King Institute of Preventive Medicine Micro-Biological Section reports 1912-19
Year: 1912
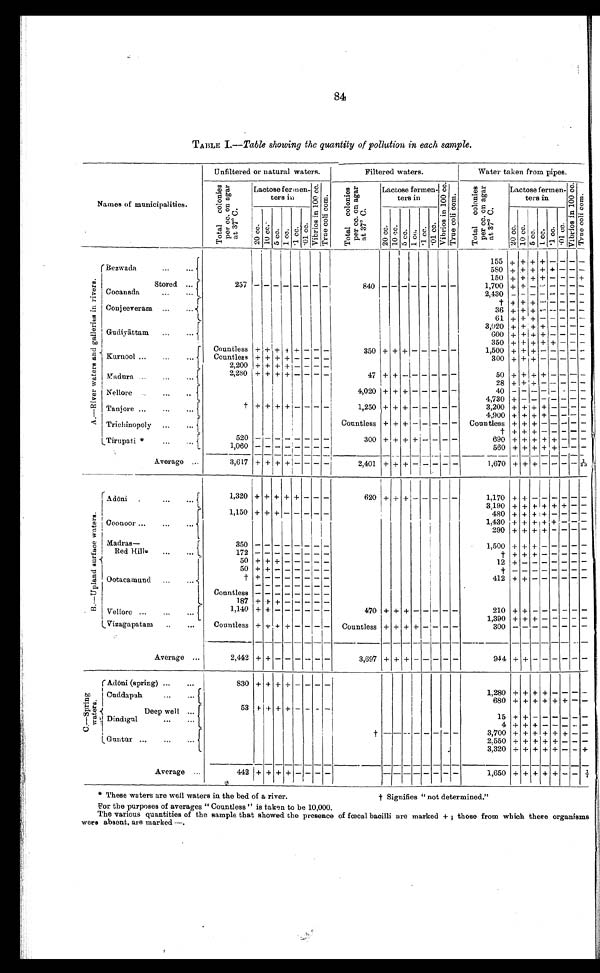
84
TABLE I.-- Table showing the quantity of pollution in each sample.
Names of municipalities.
Unfiltered or natural waters.
Filtered waters.
Water taken from pipes.
T o t a l c o l o n i e s p e r c c . o n a g a r a t 3 7 º C .
Lactose fermen-
ters in
V i b r i o s i n 1 0 0 c c .
T r u e c o l i c o m .
T o t a l c o l o n i e s p e r c c . o n a g a r a t 3 7 º C .
Lactose fermen-
ters in
V i b r i o s i n 1 0 0 c c .
T r u e c o l i c o m .
T o t a l c o l o n i e s p e r c c . o n a g a r a t 3 7 º C .
Lactose fermen-
ters in
True col i com.
2 0 c c . 1 0 c c . 5 c c . 1 c c . . 1 c c
. 0 1 c c .
2 0 c c . 1 0 c c . 5 c c . 1 c c . . 1 c c
. 0 1 c c .
2 0 c c . 1 0 c c . 5 c c . 1 c c .
. 1 c c .
A . — R i v e r w a t e r s a n d g a l l e r i e s i n r i v e r s .
Bezwada
155 + + + + - -
580 + + + + + - -
150 +
+
+
+ -
-
Stored
Cocanada
257
- - - - - - - -
840
- - - - - - - -
1,700 +
+
-
-
- - -
2,430 - - - -
-
-
Conjeeveram
+
+ + + - -
36 +
+
+
- -
61 + + + - - - -
Gudiyattarn
3,020 + + + + - - - -
600 + + + + - - - -
350 +
+ +
+ + - -
Kurnool
Countless + + +
+
+ - - -
350 + +
+ - - - - -
1,500 + +
+
+ - - - -
Countless + + + + - - - -
300 +
+
+
- - - -
2,200 +
+ +
+ - - - -
Madura
2,280 + + + + - - - -
47 + +
- -
- - - -
50 +
+
+
+
+
-
28 +
+ +
- - - - -
Nellore
4,020 +
+ +
- - -
-
-
4 0
- - - - -
4,730 + - - - - - -
Tanjore
+
+ + + + - - -
-
1,250 + +
+ -
- - - -
3,200 +
+ + +
-
-
4,900 + + + +
-
-
Trichinopoly
Countless + +
+ - - - - -
Countless + + + - - - -
+
+ +
+ -
- - - -
Tirupati *
520
300 + + + + - - - -
690 + + + + + - -
1,060
-
- - - - - - -
560 + + + + +
-
Average
3,617 +
+
+
+
- - -
-
2,401 +
+ + - - - - -
1,670 + + + - - -
B . — U p l a n d s u r f a c e w a t e r s .
r
Adoni
1,320 + + + + + - - -
620 + + +
- - - - -
1,170 + +
- -
-
3,190 + + +
+
+ + - -
Coonoor
1,150 +
+
+
- - - - -
480 + + +
+
- - -
1,430 + + + + +
- -
290 + + + + - - - -
Madras
—
Red Hills
350
- - - - - - - -
1,500 + + + - - - - -
172
- - - - - - - -
+
+ +
+ - -
Ootacamund
50 +
+
+
- - - - -
12 +
-
- - - - -
50
+
+ - - - - - -
+
+ - - - -
+
+
- - - - - - -
412 + + - - - -
- - - - - - - -
Countless
+ + + + - - - -
187 +
+ + - - - - -
Vellore
1,140
+ + - - - - - -
470 +
+
+
- - - - -
210 + + - - - - - -
1,390 + + + - - - - -
Vizagapatam
Countless + + + + - - - - Countless + + + + -
- - -
300 - - - - - -
Average
2,442 + + - - - - - -
3,697 + + + - - - - -
944
+ +
-
-
-
C . — S p r i n g w a t e r s .
Adoni (spring)
830 + + + + - - -
-
Cuddapah
1,280
+
+ +
+
+
680 + + + + + +
Deep well
Dindigul
53
+
+ + + - - - -
15 + +
-
- - - - -
4
+
+ + - - - -
Gu n t u r
+
3,700
+ +
+ +
2,550 + + + + + - - -
3,320 + + + + + - - +
Average
442 + + + + - - - -
- - - - -
-
- -
1,650 + + + + + - -
* These waters are well waters in the bed of a river.
+ Signifies " not determined."
For the purposes of averages " Countless " is taken to be 10,000.
The various quantities of the sample that showed the presence of foecal bacilli are marked + ; those from which these organisms
wers absent, are marked —.